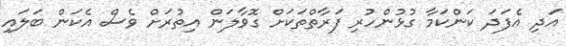
އަދި އެފަދަ ކަންކަމާ ގުޅުންހުރި ފަރާތްތަކަށް ގޮވާލަން އިތުރަށް ވެސް އެކަން ބަލައި